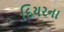
દિયરના